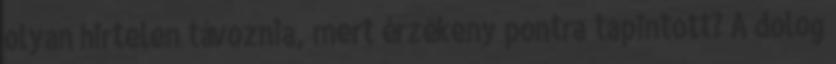
olyan hirtelen távoznia, mert érzékeny pontra tapintott? A dolog